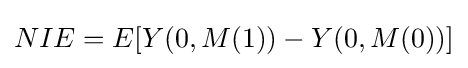
NIE=E[Y(0,M(1))-Y(0,M(0))]